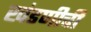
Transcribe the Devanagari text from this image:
खंडणीची